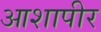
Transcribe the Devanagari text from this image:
आशापीर